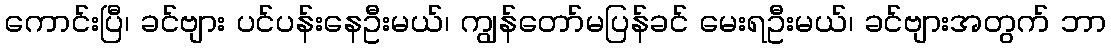
ကောင်းပြီ၊ ခင်ဗျား ပင်ပန်းနေဦးမယ်၊ ကျွန်တော်မပြန်ခင် မေးရဦးမယ်၊ ခင်ဗျားအတွက် ဘာ